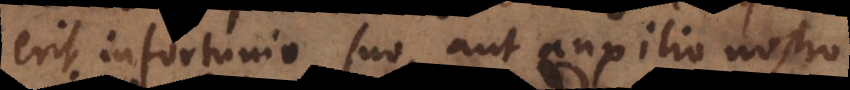
erit infortunio suo, aut auxilio nostro